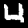
Label: 4